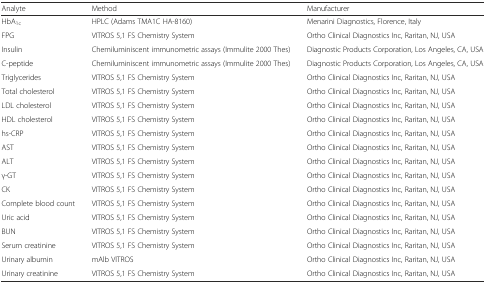
| Analyte | Method | Manufacturer |
 | --- | --- | --- |
 | HbA1c | HPLC (Adams TMA1C HA-8160) | Menarini Diagnostics, Florence, Italy |
 | FPG | VITROS 5,1 FS Chemistry System | Ortho Clinical Diagnostics Inc, Raritan, NJ, USA |
 | Insulin | Chemiluminiscent immunometric assays (Immulite 2000 Thes) | Diagnostic Products Corporation, Los Angeles, CA, USA |
 | C-peptide | Chemiluminiscent immunometric assays (Immulite 2000 Thes) | Diagnostic Products Corporation, Los Angeles, CA, USA |
 | Triglycerides | VITROS 5,1 FS Chemistry System | Ortho Clinical Diagnostics Inc, Raritan, NJ, USA |
 | Total cholesterol | VITROS 5,1 FS Chemistry System | Ortho Clinical Diagnostics Inc, Raritan, NJ, USA |
 | LDL cholesterol | VITROS 5,1 FS Chemistry System | Ortho Clinical Diagnostics Inc, Raritan, NJ, USA |
 | HDL cholesterol | VITROS 5,1 FS Chemistry System | Ortho Clinical Diagnostics Inc, Raritan, NJ, USA |
 | hs-CRP | VITROS 5,1 FS Chemistry System | Ortho Clinical Diagnostics Inc, Raritan, NJ, USA |
 | AST | VITROS 5,1 FS Chemistry System | Ortho Clinical Diagnostics Inc, Raritan, NJ, USA |
 | ALT | VITROS 5,1 FS Chemistry System | Ortho Clinical Diagnostics Inc, Raritan, NJ, USA |
 | γ-GT | VITROS 5,1 FS Chemistry System | Ortho Clinical Diagnostics Inc, Raritan, NJ, USA |
 | CK | VITROS 5,1 FS Chemistry System | Ortho Clinical Diagnostics Inc, Raritan, NJ, USA |
 | Complete blood count | VITROS 5,1 FS Chemistry System | Ortho Clinical Diagnostics Inc, Raritan, NJ, USA |
 | Uric acid | VITROS 5,1 FS Chemistry System | Ortho Clinical Diagnostics Inc, Raritan, NJ, USA |
 | BUN | VITROS 5,1 FS Chemistry System | Ortho Clinical Diagnostics Inc, Raritan, NJ, USA |
 | Serum creatinine | VITROS 5,1 FS Chemistry System | Ortho Clinical Diagnostics Inc, Raritan, NJ, USA |
 | Urinary albumin | mAlb VITROS | Ortho Clinical Diagnostics Inc, Raritan, NJ, USA |
 | Urinary creatinine | VITROS 5,1 FS Chemistry System | Ortho Clinical Diagnostics Inc, Raritan, NJ, USA |